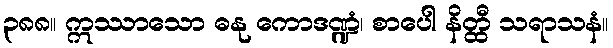
၃၈၈။ ဣဿာသော ဓနု ကောဒဏ္ဍံ၊ စာပေါ နိတ္ထီ သရာသနံ။